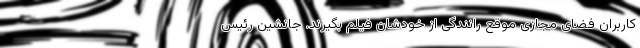
کاربران فضای مجازی موقع رانندگی از خودشان فیلم بگیرند. جانشین رئیس